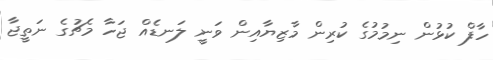
ހާފް ކުޅުން ނިމުމުގެ ކުރިން މާޒިޔާއިން ވަނީ ލަނޑެއް ޖަހާ މެޗުގެ ނަތީޖާ